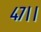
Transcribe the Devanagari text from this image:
४७।।